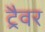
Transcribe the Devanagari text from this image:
ट्रैवर